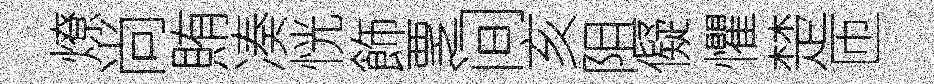
燎尚賄凑恍飾覂间亥阻儗懼楚匝